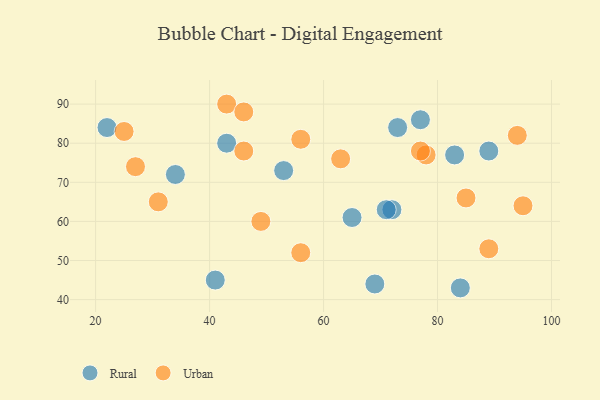
{"axis": {"x": "GDP", "y": "Life Expectancy"}, "legend": ["Rural", "Urban"], "data": [{"x": "73", "y": 84, "type": "Rural"}, {"x": "69", "y": 44, "type": "Rural"}, {"x": "83", "y": 77, "type": "Rural"}, {"x": "43", "y": 80, "type": "Rural"}, {"x": "34", "y": 72, "type": "Rural"}, {"x": "22", "y": 84, "type": "Rural"}, {"x": "41", "y": 45, "type": "Rural"}, {"x": "53", "y": 73, "type": "Rural"}, {"x": "72", "y": 63, "type": "Rural"}, {"x": "84", "y": 43, "type": "Rural"}, {"x": "71", "y": 63, "type": "Rural"}, {"x": "65", "y": 61, "type": "Rural"}, {"x": "77", "y": 86, "type": "Rural"}, {"x": "89", "y": 78, "type": "Rural"}, {"x": "46", "y": 78, "type": "Urban"}, {"x": "78", "y": 77, "type": "Urban"}, {"x": "49", "y": 60, "type": "Urban"}, {"x": "43", "y": 90, "type": "Urban"}, {"x": "63", "y": 76, "type": "Urban"}, {"x": "27", "y": 74, "type": "Urban"}, {"x": "56", "y": 81, "type": "Urban"}, {"x": "94", "y": 82, "type": "Urban"}, {"x": "77", "y": 78, "type": "Urban"}, {"x": "31", "y": 65, "type": "Urban"}, {"x": "85", "y": 66, "type": "Urban"}, {"x": "46", "y": 88, "type": "Urban"}, {"x": "56", "y": 52, "type": "Urban"}, {"x": "95", "y": 64, "type": "Urban"}, {"x": "89", "y": 53, "type": "Urban"}, {"x": "25", "y": 83, "type": "Urban"}]}